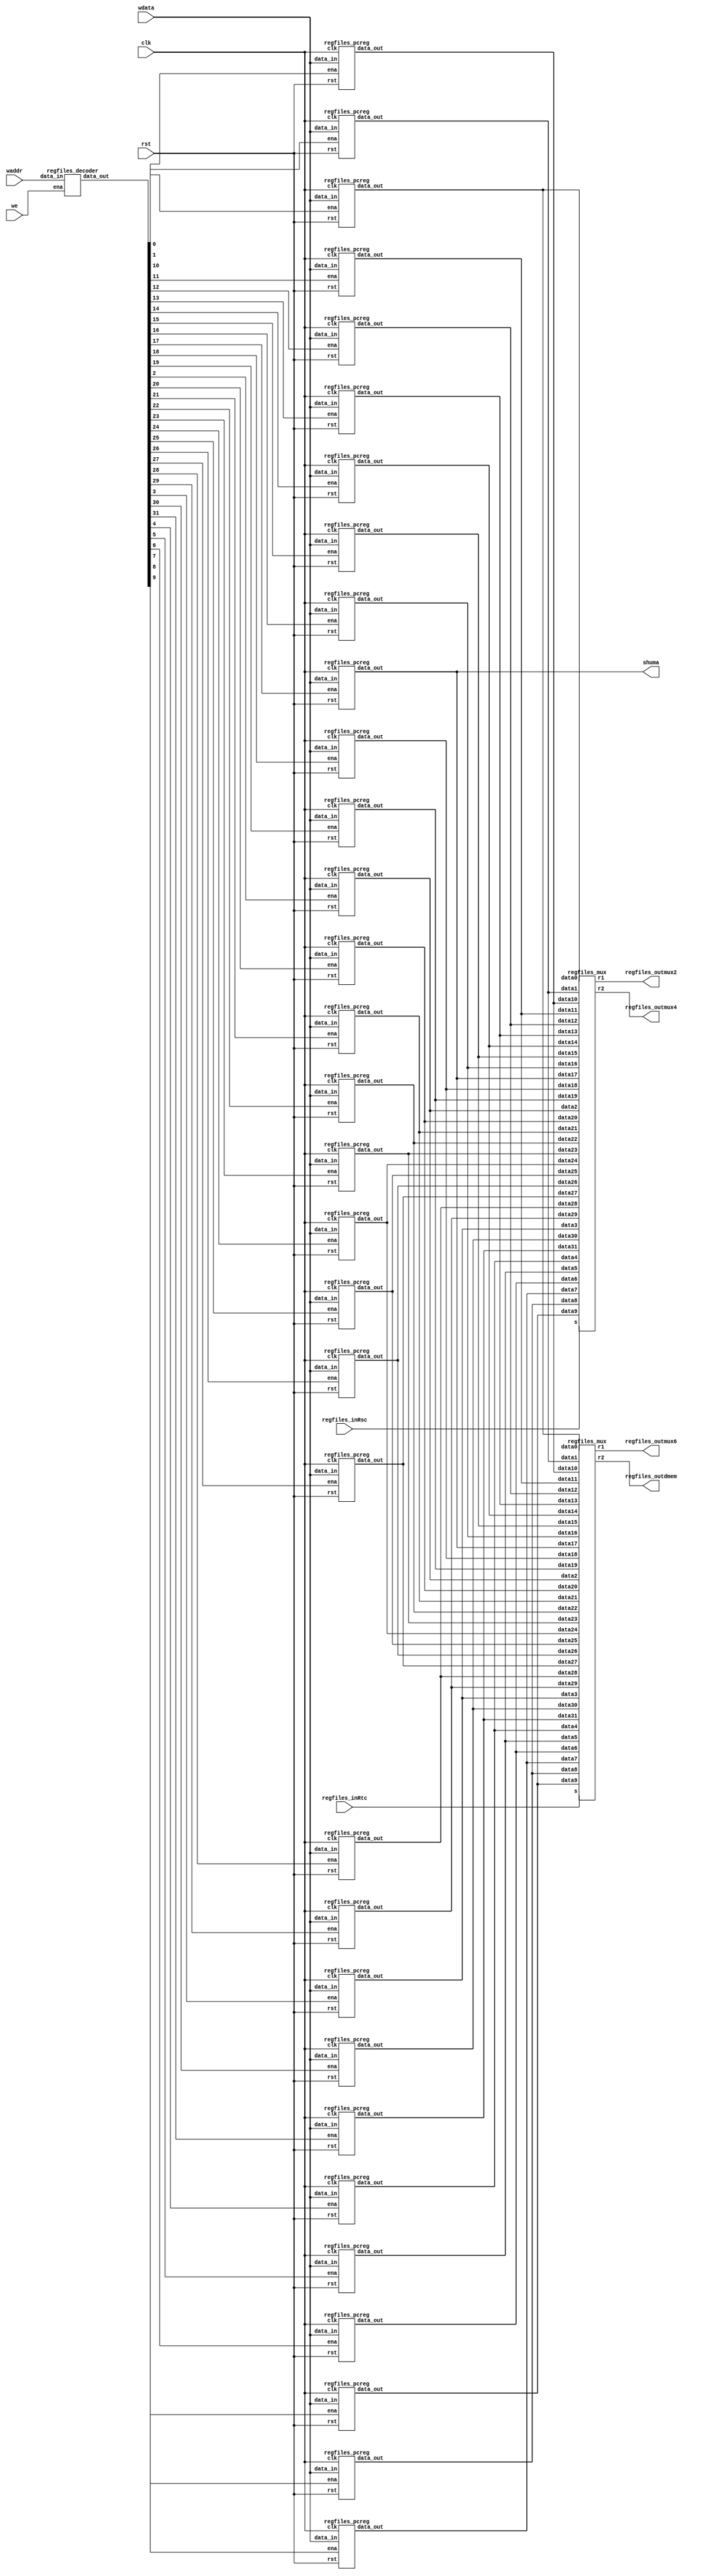
`timescale 1ns / 1ps
//////////////////////////////////////////////////////////////////////////////////
// Company: 
// Engineer: 
// 
// Design Name: 
// Module Name:    Regfiles 
// Project Name: 
// Target Devices: 
// Tool versions: 
// Description: 
//
// Dependencies: 
//
// Revision: 
// Revision 0.01 - File Created
// Additional Comments: 
//
//////////////////////////////////////////////////////////////////////////////////
module Regfiles(
			input  clk, //pc  
			input  rst, //reset reset 
			input  we,  //we 
			input  [4:0]  regfiles_inRsc, //
			input  [4:0]  regfiles_inRtc, //
			input  [4:0]  waddr,  //
			input  [31:0] wdata,  //
			output [31:0] regfiles_outmux2, //raddr1  raddr1  
			output [31:0] regfiles_outmux4, //raddr1  raddr1  
			output [31:0] regfiles_outmux6, //raddr2  raddr2  
			output [31:0] regfiles_outdmem, //raddr2  raddr2  
			output [31:0] shuma
		);

		wire [31:0] waddr_32;
		wire [31:0] rdata[0:31];
		
		assign shuma = rdata[17];
		
		regfiles_decoder _dregfiles_ecoder(.data_in(waddr), .ena(we), .data_out(waddr_32));
		regfiles_pcreg   r0 (.clk(clk), .rst(rst), .ena(waddr_32[0]),  .data_in(wdata), .data_out(rdata[0]));
		regfiles_pcreg   r1 (.clk(clk), .rst(rst), .ena(waddr_32[1]),  .data_in(wdata), .data_out(rdata[1]));
		regfiles_pcreg   r2 (.clk(clk), .rst(rst), .ena(waddr_32[2]),  .data_in(wdata), .data_out(rdata[2]));
		regfiles_pcreg   r3 (.clk(clk), .rst(rst), .ena(waddr_32[3]),  .data_in(wdata), .data_out(rdata[3]));
		regfiles_pcreg   r4 (.clk(clk), .rst(rst), .ena(waddr_32[4]),  .data_in(wdata), .data_out(rdata[4]));
		regfiles_pcreg   r5 (.clk(clk), .rst(rst), .ena(waddr_32[5]),  .data_in(wdata), .data_out(rdata[5]));
		regfiles_pcreg   r6 (.clk(clk), .rst(rst), .ena(waddr_32[6]),  .data_in(wdata), .data_out(rdata[6]));
		regfiles_pcreg   r7 (.clk(clk), .rst(rst), .ena(waddr_32[7]),  .data_in(wdata), .data_out(rdata[7]));
		regfiles_pcreg   r8 (.clk(clk), .rst(rst), .ena(waddr_32[8]),  .data_in(wdata), .data_out(rdata[8]));
		regfiles_pcreg   r9 (.clk(clk), .rst(rst), .ena(waddr_32[9]),  .data_in(wdata), .data_out(rdata[9]));
		regfiles_pcreg   r10(.clk(clk), .rst(rst), .ena(waddr_32[10]), .data_in(wdata), .data_out(rdata[10]));
		regfiles_pcreg   r11(.clk(clk), .rst(rst), .ena(waddr_32[11]), .data_in(wdata), .data_out(rdata[11]));
		regfiles_pcreg   r12(.clk(clk), .rst(rst), .ena(waddr_32[12]), .data_in(wdata), .data_out(rdata[12]));
		regfiles_pcreg   r13(.clk(clk), .rst(rst), .ena(waddr_32[13]), .data_in(wdata), .data_out(rdata[13]));
		regfiles_pcreg   r14(.clk(clk), .rst(rst), .ena(waddr_32[14]), .data_in(wdata), .data_out(rdata[14]));
		regfiles_pcreg   r15(.clk(clk), .rst(rst), .ena(waddr_32[15]), .data_in(wdata), .data_out(rdata[15]));
		regfiles_pcreg   r16(.clk(clk), .rst(rst), .ena(waddr_32[16]), .data_in(wdata), .data_out(rdata[16]));
		regfiles_pcreg   r17(.clk(clk), .rst(rst), .ena(waddr_32[17]), .data_in(wdata), .data_out(rdata[17]));
		regfiles_pcreg   r18(.clk(clk), .rst(rst), .ena(waddr_32[18]), .data_in(wdata), .data_out(rdata[18]));
		regfiles_pcreg   r19(.clk(clk), .rst(rst), .ena(waddr_32[19]), .data_in(wdata), .data_out(rdata[19]));
		regfiles_pcreg   r20(.clk(clk), .rst(rst), .ena(waddr_32[20]), .data_in(wdata), .data_out(rdata[20]));
		regfiles_pcreg   r21(.clk(clk), .rst(rst), .ena(waddr_32[21]), .data_in(wdata), .data_out(rdata[21]));
		regfiles_pcreg   r22(.clk(clk), .rst(rst), .ena(waddr_32[22]), .data_in(wdata), .data_out(rdata[22]));
		regfiles_pcreg   r23(.clk(clk), .rst(rst), .ena(waddr_32[23]), .data_in(wdata), .data_out(rdata[23]));
		regfiles_pcreg   r24(.clk(clk), .rst(rst), .ena(waddr_32[24]), .data_in(wdata), .data_out(rdata[24]));
		regfiles_pcreg   r25(.clk(clk), .rst(rst), .ena(waddr_32[25]), .data_in(wdata), .data_out(rdata[25]));
		regfiles_pcreg   r26(.clk(clk), .rst(rst), .ena(waddr_32[26]), .data_in(wdata), .data_out(rdata[26]));
		regfiles_pcreg   r27(.clk(clk), .rst(rst), .ena(waddr_32[27]), .data_in(wdata), .data_out(rdata[27]));
		regfiles_pcreg   r28(.clk(clk), .rst(rst), .ena(waddr_32[28]), .data_in(wdata), .data_out(rdata[28]));
		regfiles_pcreg   r29(.clk(clk), .rst(rst), .ena(waddr_32[29]), .data_in(wdata), .data_out(rdata[29]));
		regfiles_pcreg   r30(.clk(clk), .rst(rst), .ena(waddr_32[30]), .data_in(wdata), .data_out(rdata[30]));
		regfiles_pcreg   r31(.clk(clk), .rst(rst), .ena(waddr_32[31]), .data_in(wdata), .data_out(rdata[31]));
		regfiles_mux     _regfiles_mux1(.data0(rdata[0]), .data1(rdata[1]), .data2(rdata[2]), .data3(rdata[3]), .data4(rdata[4]), .data5(rdata[5]), .data6(rdata[6]), .data7(rdata[7]), .data8(rdata[8]), .data9(rdata[9]), .data10(rdata[10]), .data11(rdata[11]), .data12(rdata[12]), .data13(rdata[13]), .data14(rdata[14]), .data15(rdata[15]), .data16(rdata[16]), .data17(rdata[17]), .data18(rdata[18]), .data19(rdata[19]), .data20(rdata[20]), .data21(rdata[21]), .data22(rdata[22]), .data23(rdata[23]), .data24(rdata[24]), .data25(rdata[25]), .data26(rdata[26]), .data27(rdata[27]), .data28(rdata[28]), .data29(rdata[29]), .data30(rdata[30]), .data31(rdata[31]), .s(regfiles_inRsc), .r1(regfiles_outmux2), .r2(regfiles_outmux4));
		regfiles_mux     _regfiles_mux2(.data0(rdata[0]), .data1(rdata[1]), .data2(rdata[2]), .data3(rdata[3]), .data4(rdata[4]), .data5(rdata[5]), .data6(rdata[6]), .data7(rdata[7]), .data8(rdata[8]), .data9(rdata[9]), .data10(rdata[10]), .data11(rdata[11]), .data12(rdata[12]), .data13(rdata[13]), .data14(rdata[14]), .data15(rdata[15]), .data16(rdata[16]), .data17(rdata[17]), .data18(rdata[18]), .data19(rdata[19]), .data20(rdata[20]), .data21(rdata[21]), .data22(rdata[22]), .data23(rdata[23]), .data24(rdata[24]), .data25(rdata[25]), .data26(rdata[26]), .data27(rdata[27]), .data28(rdata[28]), .data29(rdata[29]), .data30(rdata[30]), .data31(rdata[31]), .s(regfiles_inRtc), .r1(regfiles_outmux6), .r2(regfiles_outdmem));

endmodule

module regfiles_decoder(
    input  [4:0] data_in, //
    input  ena,
    output [31:0] data_out
    );

	 reg [31:0] data_temp;
	 assign data_out = data_temp;

	 always @(ena or data_in) begin
		if (ena == 1)
			case (data_in)
				5'b00000:
					data_temp = 32'b11111111111111111111111111111111;
				5'b00001:
					data_temp = 32'b11111111111111111111111111111101;
				5'b00010:
					data_temp = 32'b11111111111111111111111111111011;
				5'b00011:
					data_temp = 32'b11111111111111111111111111110111;
				5'b00100:
					data_temp = 32'b11111111111111111111111111101111;
				5'b00101:
					data_temp = 32'b11111111111111111111111111011111;
				5'b00110:
					data_temp = 32'b11111111111111111111111110111111;
				5'b00111:
					data_temp = 32'b11111111111111111111111101111111;
				5'b01000:
					data_temp = 32'b11111111111111111111111011111111;
				5'b01001:
					data_temp = 32'b11111111111111111111110111111111;
				5'b01010:
					data_temp = 32'b11111111111111111111101111111111;
				5'b01011:
					data_temp = 32'b11111111111111111111011111111111;
				5'b01100:
					data_temp = 32'b11111111111111111110111111111111;
				5'b01101:
					data_temp = 32'b11111111111111111101111111111111;
				5'b01110:
					data_temp = 32'b11111111111111111011111111111111;
				5'b01111:
					data_temp = 32'b11111111111111110111111111111111;
				5'b10000:
					data_temp = 32'b11111111111111101111111111111111;
				5'b10001:
					data_temp = 32'b11111111111111011111111111111111;
				5'b10010:
					data_temp = 32'b11111111111110111111111111111111;
				5'b10011:
					data_temp = 32'b11111111111101111111111111111111;
				5'b10100:
					data_temp = 32'b11111111111011111111111111111111;
				5'b10101:
					data_temp = 32'b11111111110111111111111111111111;
				5'b10110:
					data_temp = 32'b11111111101111111111111111111111;
				5'b10111:
					data_temp = 32'b11111111011111111111111111111111;
				5'b11000:
					data_temp = 32'b11111110111111111111111111111111;
				5'b11001:
					data_temp = 32'b11111101111111111111111111111111;
				5'b11010:
					data_temp = 32'b11111011111111111111111111111111;
				5'b11011:
					data_temp = 32'b11110111111111111111111111111111;
				5'b11100:
					data_temp = 32'b11101111111111111111111111111111;
				5'b11101:
					data_temp = 32'b11011111111111111111111111111111;
				5'b11110:
					data_temp = 32'b10111111111111111111111111111111;
				5'b11111:
					data_temp = 32'b01111111111111111111111111111111;
				default:
					data_temp = 32'b11111111111111111111111111111111;
			endcase
		else
			data_temp = 32'b11111111111111111111111111111111;
	 end
endmodule

module regfiles_mux(
	input  [31:0] data0,
	input  [31:0] data1,
	input  [31:0] data2,
	input  [31:0] data3,
	input  [31:0] data4,
	input  [31:0] data5,
	input  [31:0] data6,
	input  [31:0] data7,
	input  [31:0] data8,
	input  [31:0] data9,
	input  [31:0] data10,
	input  [31:0] data11,
	input  [31:0] data12,
	input  [31:0] data13,
	input  [31:0] data14,
	input  [31:0] data15,
	input  [31:0] data16,
	input  [31:0] data17,
	input  [31:0] data18,
	input  [31:0] data19,
	input  [31:0] data20,
	input  [31:0] data21,
	input  [31:0] data22,
	input  [31:0] data23,
	input  [31:0] data24,
	input  [31:0] data25,
	input  [31:0] data26,
	input  [31:0] data27,
	input  [31:0] data28,
	input  [31:0] data29,
	input  [31:0] data30,
	input  [31:0] data31,
	input  [4:0]  s,  // 5 
	output [31:0] r1,   // 32  data0-data31, s 
	output [31:0] r2   // 32  data0-data31, s 
	);

	reg [31:0] r1_temp;
	reg [31:0] r2_temp;
	assign r1 = r1_temp;
	assign r2 = r2_temp;

	always @(*) begin
		case (s)
			5'b00000:
				r1_temp = data0;
			5'b00001:
				r1_temp = data1;
			5'b00010:
				r1_temp = data2;
			5'b00011:
				r1_temp = data3;
			5'b00100:
				r1_temp = data4;
			5'b00101:
				r1_temp = data5;
			5'b00110:
				r1_temp = data6;
			5'b00111:
				r1_temp = data7;
			5'b01000:
				r1_temp = data8;
			5'b01001:
				r1_temp = data9;
			5'b01010:
				r1_temp = data10;
			5'b01011:
				r1_temp = data11;
			5'b01100:
				r1_temp = data12;
			5'b01101:
				r1_temp = data13;
			5'b01110:
				r1_temp = data14;
			5'b01111:
				r1_temp = data15;
			5'b10000:
				r1_temp = data16;
			5'b10001:
				r1_temp = data17;
			5'b10010:
				r1_temp = data18;
			5'b10011:
				r1_temp = data19;
			5'b10100:
				r1_temp = data20;
			5'b10101:
				r1_temp = data21;
			5'b10110:
				r1_temp = data22;
			5'b10111:
				r1_temp = data23;
			5'b11000:
				r1_temp = data24;
			5'b11001:
				r1_temp = data25;
			5'b11010:
				r1_temp = data26;
			5'b11011:
				r1_temp = data27;
			5'b11100:
				r1_temp = data28;
			5'b11101:
				r1_temp = data29;
			5'b11110:
				r1_temp = data30;
			5'b11111:
				r1_temp = data31;
			default:
				r1_temp = r1_temp;
		endcase
		case (s)
			5'b00000:
				r2_temp = data0;
			5'b00001:
				r2_temp = data1;
			5'b00010:
				r2_temp = data2;
			5'b00011:
				r2_temp = data3;
			5'b00100:
				r2_temp = data4;
			5'b00101:
				r2_temp = data5;
			5'b00110:
				r2_temp = data6;
			5'b00111:
				r2_temp = data7;
			5'b01000:
				r2_temp = data8;
			5'b01001:
				r2_temp = data9;
			5'b01010:
				r2_temp = data10;
			5'b01011:
				r2_temp = data11;
			5'b01100:
				r2_temp = data12;
			5'b01101:
				r2_temp = data13;
			5'b01110:
				r2_temp = data14;
			5'b01111:
				r2_temp = data15;
			5'b10000:
				r2_temp = data16;
			5'b10001:
				r2_temp = data17;
			5'b10010:
				r2_temp = data18;
			5'b10011:
				r2_temp = data19;
			5'b10100:
				r2_temp = data20;
			5'b10101:
				r2_temp = data21;
			5'b10110:
				r2_temp = data22;
			5'b10111:
				r2_temp = data23;
			5'b11000:
				r2_temp = data24;
			5'b11001:
				r2_temp = data25;
			5'b11010:
				r2_temp = data26;
			5'b11011:
				r2_temp = data27;
			5'b11100:
				r2_temp = data28;
			5'b11101:
				r2_temp = data29;
			5'b11110:
				r2_temp = data30;
			5'b11111:
				r2_temp = data31;
			default:
				r2_temp = r2_temp;
		endcase
	end
endmodule

module regfiles_pcreg(
	input clk, // 1  PC
	input rst, // 1  PC 
	//  ena rst 
	input ena, // 1 , PC data_in 
	input [31:0] data_in, // 31 
	output reg [31:0] data_out // 31  PC 
	);

	always @(negedge clk or posedge rst) begin
		if (rst == 1)
			data_out = 32'b00000000000000000000000000000000;
		else begin
			if (ena == 0)
				data_out = data_in;
			else
				data_out = data_out;
		end
	end
endmodule